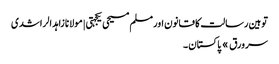
توہین رسالت کا قانون اور مسلم مسیحی یکجہتی | مولانا زاہد الراشدی
سرورق » پاکستان ۔